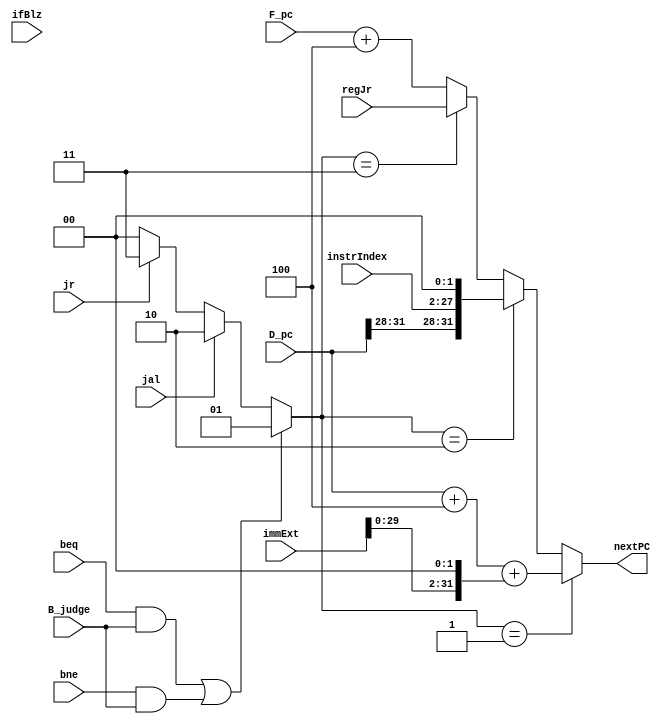
`timescale 1ns / 1ps
//////////////////////////////////////////////////////////////////////////////////
// Company: 
// Engineer: 
// 
// Design Name: 
// Module Name:    NPC 
// Project Name: 
// Target Devices: 
// Tool versions: 
// Description: 
//
// Dependencies: 
//
// Revision: 
// Revision 0.01 - File Created
// Additional Comments: 
//
//////////////////////////////////////////////////////////////////////////////////
module D_NPC(
    input [31:0] F_pc,
	 input [31:0] D_pc,
    input [31:0] immExt,
    output reg [31:0] nextPC,
	 input [25:0] instrIndex,
	 input [31:0] regJr,
    input beq,
	 input bne,
	 input jal,
	 input B_judge,
	 input ifBlz,
	 input jr
    );
	
	wire [1:0]op;
	
	assign op = 	((beq&B_judge)||(bne&&B_judge))?2'd1: //PC+4+imm
						(jal)?2'd2: //pc||instrIndex||00
						(jr)?2'd3:
						2'b0;//PC+4
	//assign nextPC = 	(op==2'd0)?F_pc+32'd4:
		//					(op==2'd1)?D_pc+32'd4+(immExt<<2):
			//				(op==2'd2)?{D_pc[31:28],instrIndex,2'b0}:
				//			(op==2'd3)?regJr:
					//		F_pc+32'd4;
	reg [31:0]tmp;
	integer i;
	
 	always@(*)
	begin
		if(op==2'd1) nextPC=D_pc+32'd4+(immExt<<2);
		else if(op==2'd2) nextPC={D_pc[31:28],instrIndex,2'b0};
		else if(op==2'd3) nextPC=regJr;
		//else if(blztal&&ifBlz) begin
		//	tmp = {{immExt[29:0]},2'b0};
		//	for(i = 0;i<rtData[1:0];i= i+1) tmp={{tmp[30:0]},1'b0};
		//	nextPC = D_pc+tmp+32'd4;
		//end
		else nextPC =F_pc+32'd4;
	end
	
endmodule